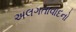
અલગતાવાદનો